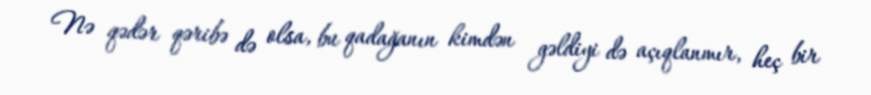
Nə qədər qəribə də olsa, bu qadağanın kimdən gəldiyi də açıqlanmır, heç bir